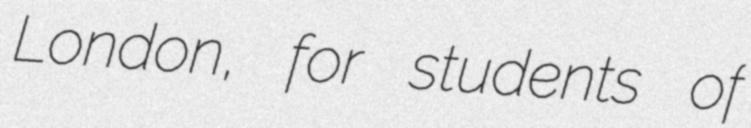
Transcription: London, for students of